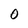
Character: 0